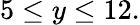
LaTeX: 5\leq y\leq 12.